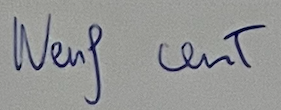
Neuf cent